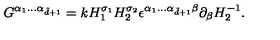
G ^ { \alpha _ { 1 } . . . \alpha _ { \tilde { d } + 1 } } = k H _ { 1 } ^ { \sigma _ { 1 } } H _ { 2 } ^ { \sigma _ { 2 } } \epsilon ^ { \alpha _ { 1 } . . . \alpha _ { \tilde { d } + 1 } \beta } \partial _ { \beta } H _ { 2 } ^ { - 1 } .